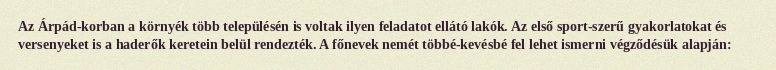
Az Árpád-korban a környék több településén is voltak ilyen feladatot ellátó lakók. Az első sport-szerű gyakorlatokat és versenyeket is a haderők keretein belül rendezték. A főnevek nemét többé-kevésbé fel lehet ismerni végződésük alapján: